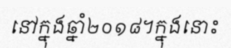
នៅក្នុងឆ្នាំ២០១៨។ក្នុងនោះ